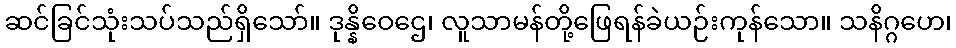
ဆင်ခြင်သုံးသပ်သည်ရှိသော်။ ဒုန္နိဝေဌေ၊ လူသာမန်တို့ဖြေရန်ခဲယဉ်းကုန်သော။ သနိဂ္ဂဟေ၊